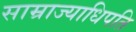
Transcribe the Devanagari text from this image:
साम्राज्याधिपति